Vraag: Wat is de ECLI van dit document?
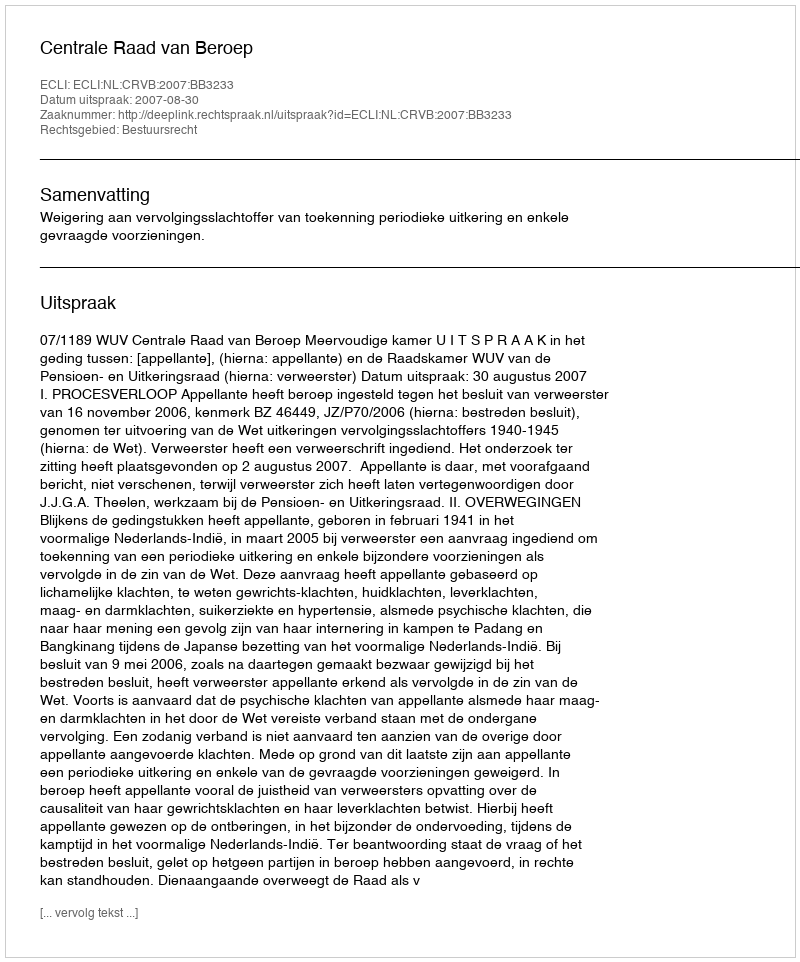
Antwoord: ECLI:NL:CRVB:2007:BB3233